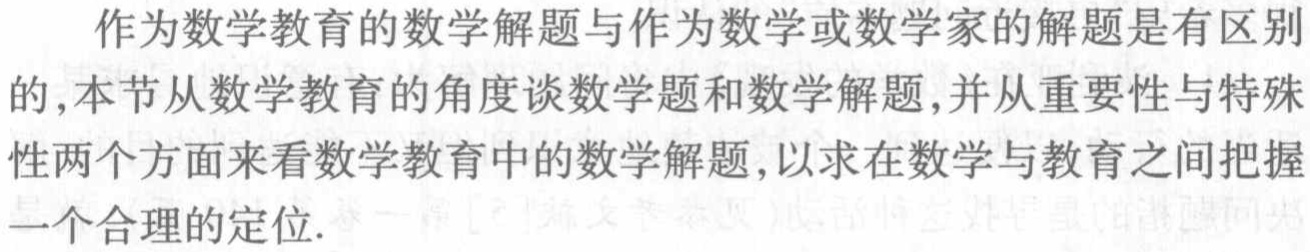
作为数学教育的数学解题与作为数学或数学家的解题是有区别的,本节从数学教育的角度谈数学题和数学解题,并从重要性与特殊性两个方面来看数学教育中的数学解题,以求在数学与教育之间把握一个合理的定位.